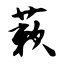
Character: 蔌